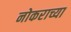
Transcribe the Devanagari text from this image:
नोकराच्या